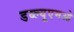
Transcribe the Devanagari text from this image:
डब्ल्यूएमओ